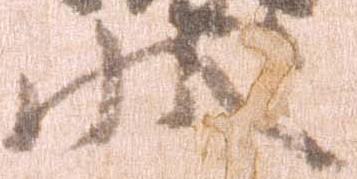
状